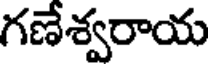
గణేశ్వరాయ